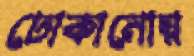
ঢোকানোয়